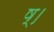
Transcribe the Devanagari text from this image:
ष्।